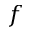
f